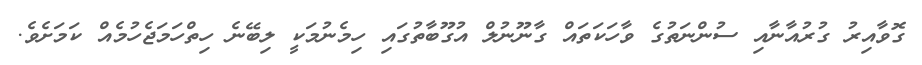
ގޮވާއިރު ގުރުއާނާއި ސުންނަތުގެ ވާހަކަތައް ގާނޫނުލް އުގޫބާތުގައި ހިމެނުމަކީ ލިބޭނެ ހިތްހަމަޖެހުމެއް ކަމަށެވެ.